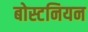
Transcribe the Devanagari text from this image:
बोस्टनियन